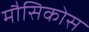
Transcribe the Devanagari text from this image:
मौसिकोस